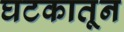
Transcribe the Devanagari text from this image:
घटकातून